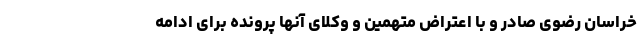
خراسان رضوی صادر و با اعتراض متهمین و وکلای آنها پرونده برای ادامه